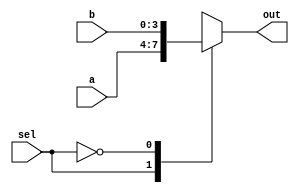
`timescale 1ns / 1ps


module muxc(a,b,sel,out); // in in in out
    input  sel;   // select line
    input  [3:0] a;  // c1   
    input  [3:0] b;  //c2  
    output reg[3:0] out;  //output



always @( a or b or sel) begin
    case (sel)
        1: out <= a;
        0: out <= b;
    endcase
end

endmodule